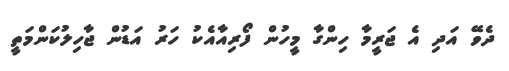
ދެވޭ އަދި އެ ޖަރީމާ ހިންގާ މީހުން ފޯރިއާއެކު ހަރު އަޑުން ޖާހިލުކަންމަތީ